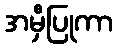
အမှီပြုကာ